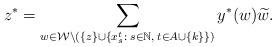
LaTeX: \begin{align*} z^* = \sum_{w \in \mathcal{W} \setminus \left(\{z\} \cup \{x^t_s: \; s \in \mathbb{N}, \: t \in A \cup \{k\}\}\right)} y^*(w) \widetilde{w}. \end{align*}